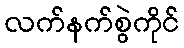
လက်နက်စွဲကိုင်